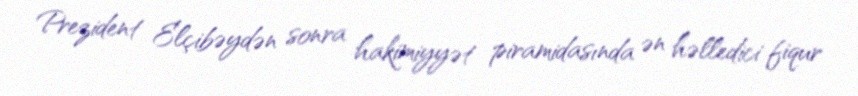
Prezident Elçibəydən sonra hakimiyyət piramidasında ən həlledici fiqur